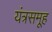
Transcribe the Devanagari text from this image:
यंत्रसमूह